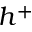
h ^ { + }